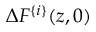
\Delta F ^ { \{ i \} } ( z , 0 )